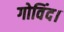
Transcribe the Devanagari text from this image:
गोविंद।